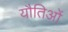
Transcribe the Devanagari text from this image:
यौतिओं